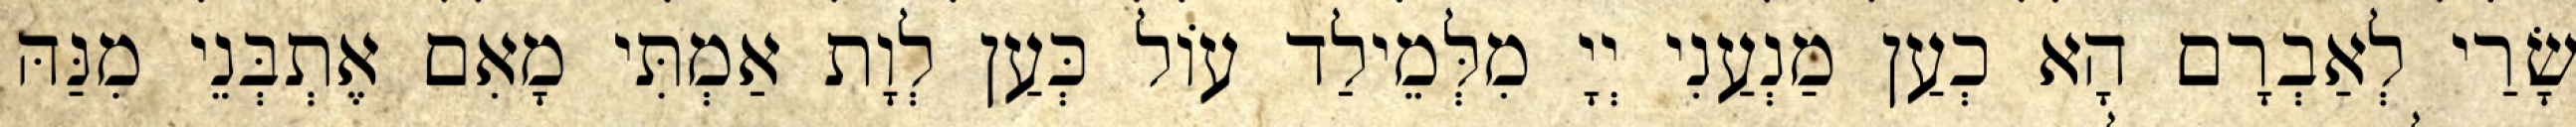
שָׂרַי לְאַבְרָם הָא כְעַן מַנְעַנִי יְיָ מִלְּמֵילַד עוֹל כְּעַן לְוָת אַמְתִּי מָאִם אֶתְבְּנֵי מִנַּהּ